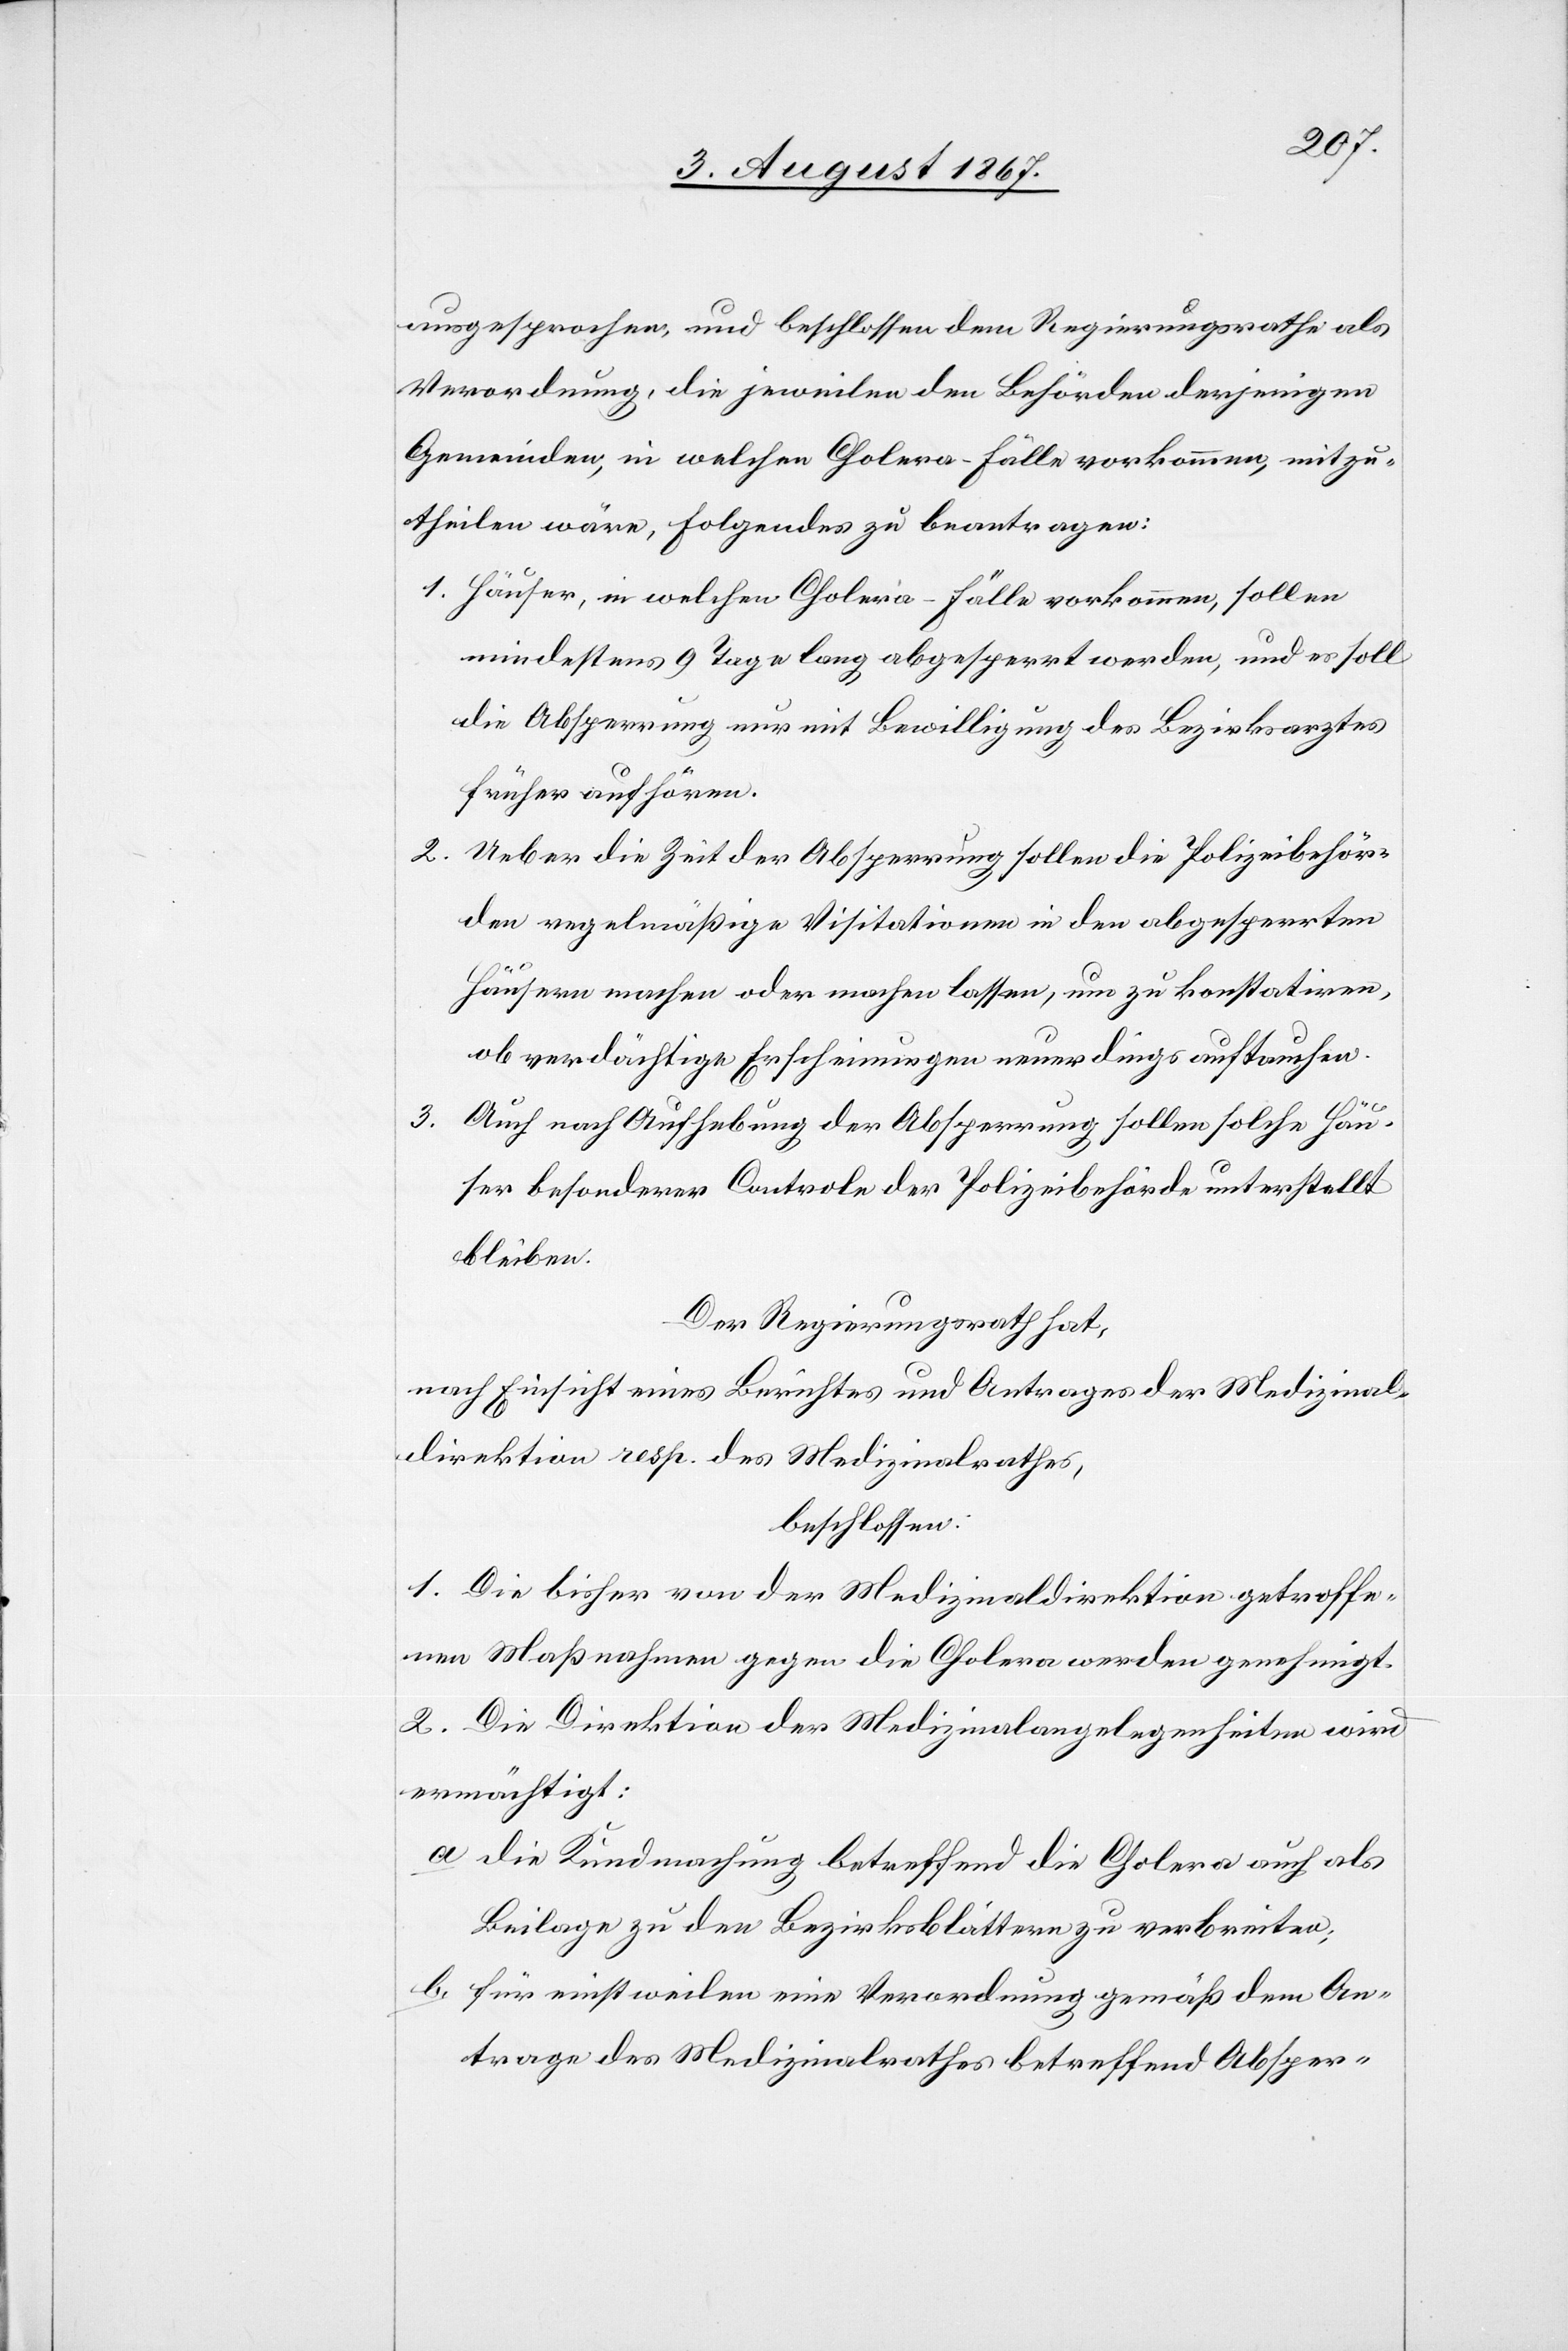
ausgesprochen und beschlossen dem Regierungsrathe als
Verordnung, die jeweilen den Behörden derjenigen
Gemeinden, in welchen Cholera-Fälle vorkommen, mitzu¬
theilen wäre, folgendes zu beantragen:
1. Häuser, in welchen Cholera-Fälle vorkommen, sollen
mindestens 9 Tage lang abgesperrt werden, und es soll
die Absperrung nur mit Bewilligung des Bezirksarztes
früher aufhören.
2. Ueber die Zeit der Absperrung sollen die Polizeibehör¬
den regelmäßige Visitationen in den abgesperrten
Häusern machen oder machen lassen, um zu konstatiren,
ob verdächtige Erscheinungen neuerdings auftauchen.
Auch nach Aufhebung der Absperrung sollen solche Häu¬
ser besonderer Controle der Polizeibehörden unterstellt
bleiben.
Der Regierungsrath hat,
nach Einsicht eines Berichtes und Antrages der Medizinal¬
direktion resp. des Medizinalrathes,
beschlossen:
1. Die bisher von der Medizinaldirektion getroffe¬
nen Maßnahmen gegen die Cholera werden genehmigt.
2. Die Direktion der Medizinalangelegenheiten wird
ermächtigt:
a. die Kundmachung betreffend die Cholera auch als
Beilage zu den Bezirksblättern zu verbreiten;
b. für einstweilen eine Verordnung gemäß dem An¬
trage des Medizinalrathes betreffend Absper-